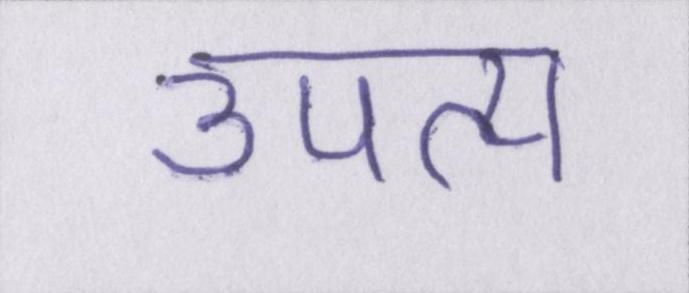
उपत्य